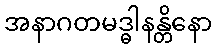
အနာဂတမဒ္ဓါနန္တိနော